Civil Veterinary Department Bihar reports 1936-40 - 1936-1940
Year: 1936
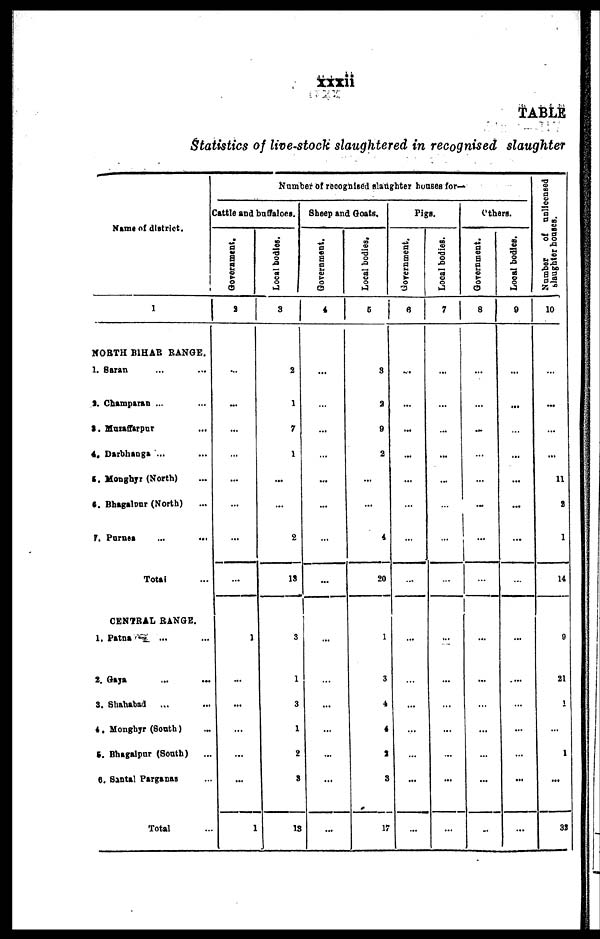
xxxii
TABLE
Statistics of live-stock slaughtered in recognised slaughter
Name of district.
1
NORTH BIHAR RANGE.
1. Saran ... ...
2. Champaran ... ...
3. Muzaffarpur ...
4. Darbhanga ... ...
5. Monghyr (North) ...
6. Bhagalpur (North) ...
7. Purnea
...
...
Total ...
CENTRAL RANGE.
1. Patna ... ...
2. Gaya ... ...
3. Shahabad ... ...
4. Monghyr (South) ...
5. Bhagalpur (South) ...
6. Santal Parganas ...
Total ...
Number of recognised slaughter houses for—
Cattle and buffaloes.
Government.
2
...
...
...
...
...
...
...
...
1
...
...
...
...
...
1
Local bodies,
3
2
1
7
1
...
...
2
13
3
1
3
1
2
3
13
Sheep and Goats,
Government.
4
...
...
...
...
...
...
...
...
...
...
...
...
...
...
...
Local bodies.
5
3
2
9
2
...
...
4
20
1
3
4
4
2
3
17
Pigs.
Government.
6
...
...
...
...
...
...
...
...
...
...
...
...
...
...
...
Local bodies.
7
...
..
...
...
...
...
...
...
...
...
...
...
...
...
...
Others.
Government.
8
...
...
...
...
...
...
...
...
...
...
...
...
...
...
...
Local bodies.
9
...
...
...
...
...
...
...
...
...
...
...
...
...
...
...
Number of unlicensed
slaughter houses.
10
...
...
...
...
11
8
1
14
9
21
1
...
1
...
32